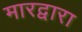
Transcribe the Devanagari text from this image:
मारद्वारा